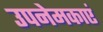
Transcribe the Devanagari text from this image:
उपनेमकाएं